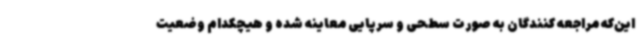
این‌که مراجعه کنندگان به صورت سطحی و سرپایی معاینه شده و هیچکدام وضعیت